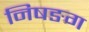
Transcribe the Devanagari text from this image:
निषङग